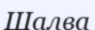
Шалва